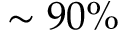
\sim 9 0 \%